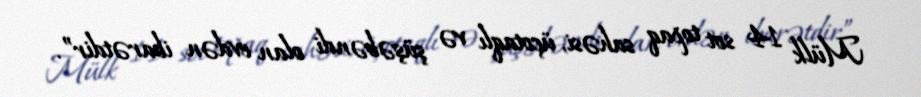
Mülk 14 sot topaq sahəsi, üçotaqlı və şüşəbəndi olan evdən ibarətdir”.